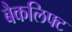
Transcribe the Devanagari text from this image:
बैकलिफ्ट